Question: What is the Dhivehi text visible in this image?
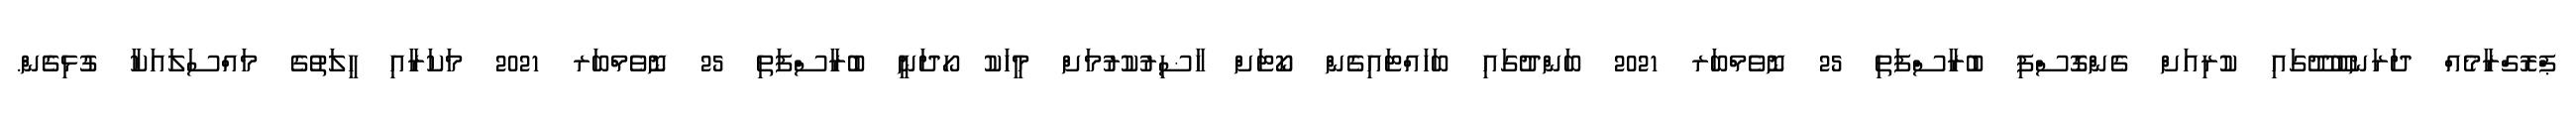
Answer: ޕްރޮގްރާމެއް ދަރަނބޫދޫގައި ކުރިއަށް ގެންގޮސްފި ބުރާސްފަތި 25 ނޮވެމްބަރ 2021 ބަންދުގައި ބަހައްޓައިގެން ކޯޓަށް ހާޟިރުކުރުމަށް މީހަކު ހޯދަނީ ބުރާސްފަތި 25 ނޮވެމްބަރ 2021 މަކަރާއި ހީލަތުގެ މައްސަލައަކާ ގުޅިގެން.